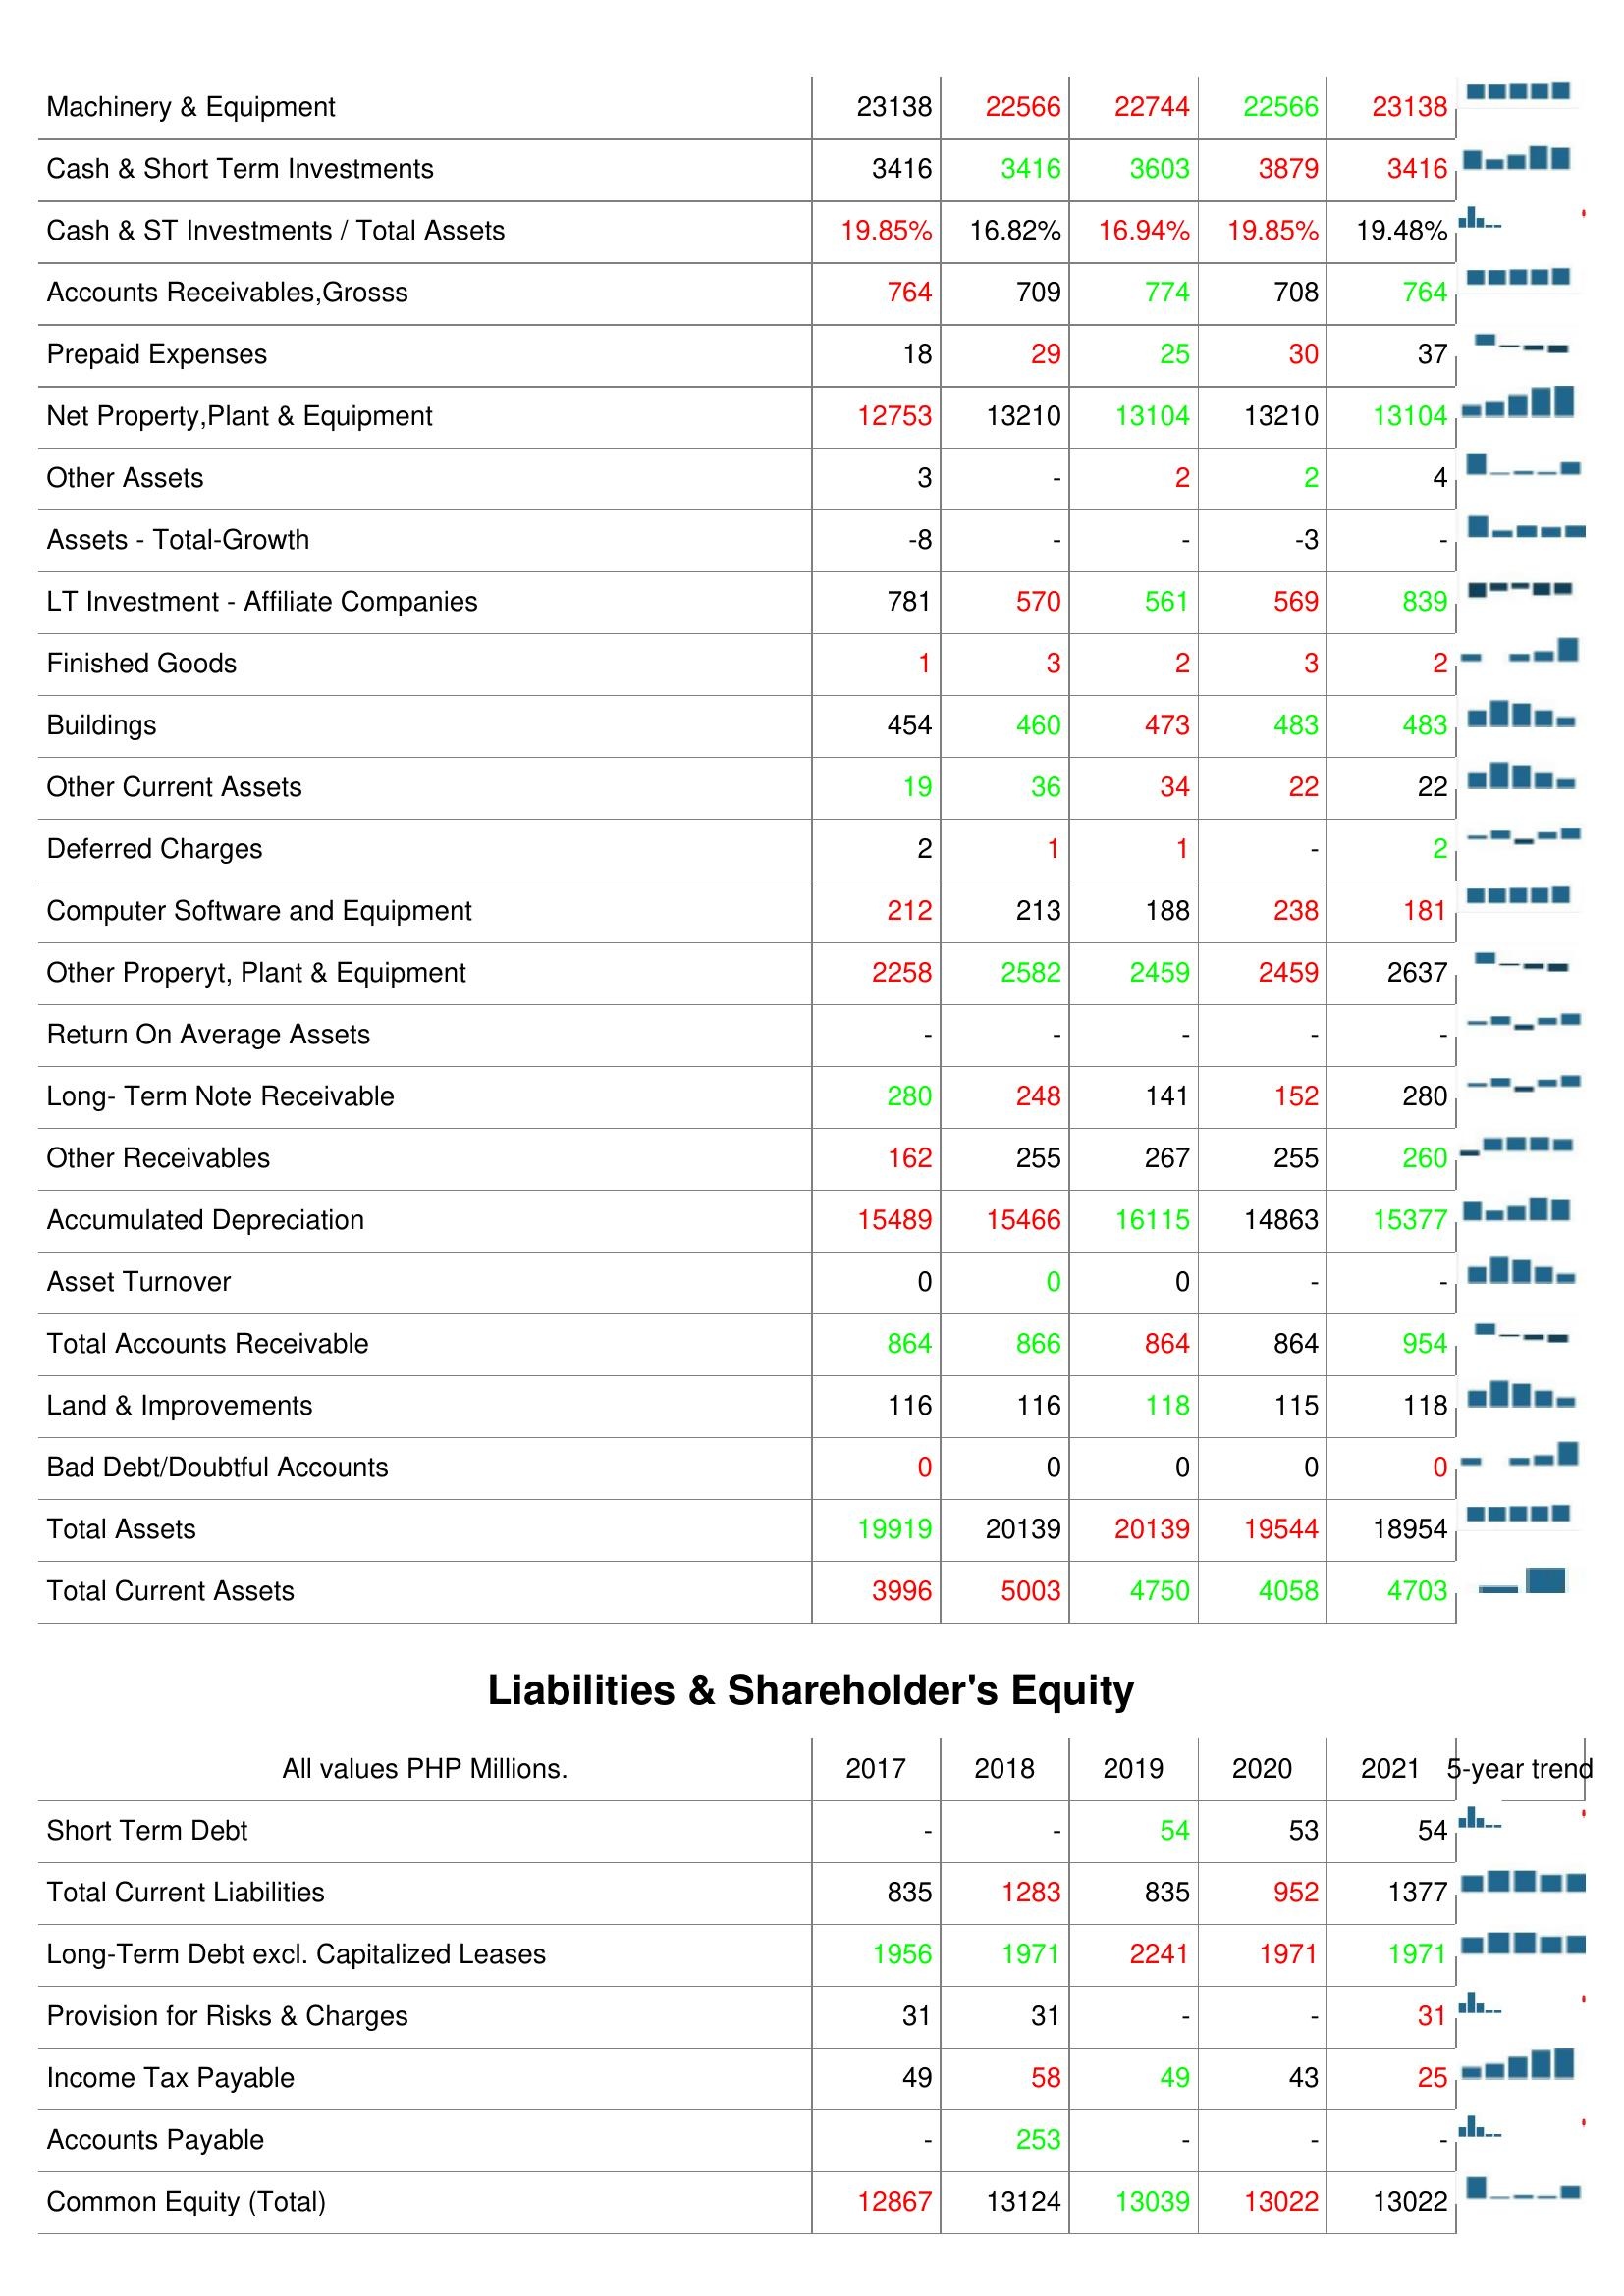
2017: Assets: Machinery & Equipment: 23138
Cash & Short Term Investments: 3416
Cash & ST Investments / Total Assets: 19.85%
Accounts Receivables,Grosss: 764
Prepaid Expenses: 18
Net Property,Plant & Equipment: 12753
Other Assets: 3
Assets - Total-Growth: -8
LT Investment - Affiliate Companies: 781
Finished Goods: 1
Buildings: 454
Other Current Assets: 19
Deferred Charges: 2
Computer Software and Equipment: 212
Other Properyt, Plant & Equipment: 2258
Return On Average Assets: -
Long- Term Note Receivable: 280
Other Receivables: 162
Accumulated Depreciation: 15489
Asset Turnover: 0
Total Accounts Receivable: 864
Land & Improvements: 116
Bad Debt/Doubtful Accounts: 0
Total Assets: 19919
Total Current Assets: 3996
Liabilities & Shareholder's Equity: Short Term Debt: -
Total Current Liabilities: 835
Long-Term Debt excl. Capitalized Leases: 1956
Provision for Risks & Charges: 31
Income Tax Payable: 49
Accounts Payable: -
Common Equity (Total): 12867
2018: Assets: Machinery & Equipment: 22566
Cash & Short Term Investments: 3416
Cash & ST Investments / Total Assets: 16.82%
Accounts Receivables,Grosss: 709
Prepaid Expenses: 29
Net Property,Plant & Equipment: 13210
Other Assets: -
Assets - Total-Growth: -
LT Investment - Affiliate Companies: 570
Finished Goods: 3
Buildings: 460
Other Current Assets: 36
Deferred Charges: 1
Computer Software and Equipment: 213
Other Properyt, Plant & Equipment: 2582
Return On Average Assets: -
Long- Term Note Receivable: 248
Other Receivables: 255
Accumulated Depreciation: 15466
Asset Turnover: 0
Total Accounts Receivable: 866
Land & Improvements: 116
Bad Debt/Doubtful Accounts: 0
Total Assets: 20139
Total Current Assets: 5003
Liabilities & Shareholder's Equity: Short Term Debt: -
Total Current Liabilities: 1283
Long-Term Debt excl. Capitalized Leases: 1971
Provision for Risks & Charges: 31
Income Tax Payable: 58
Accounts Payable: 253
Common Equity (Total): 13124
2019: Assets: Machinery & Equipment: 22744
Cash & Short Term Investments: 3603
Cash & ST Investments / Total Assets: 16.94%
Accounts Receivables,Grosss: 774
Prepaid Expenses: 25
Net Property,Plant & Equipment: 13104
Other Assets: 2
Assets - Total-Growth: -
LT Investment - Affiliate Companies: 561
Finished Goods: 2
Buildings: 473
Other Current Assets: 34
Deferred Charges: 1
Computer Software and Equipment: 188
Other Properyt, Plant & Equipment: 2459
Return On Average Assets: -
Long- Term Note Receivable: 141
Other Receivables: 267
Accumulated Depreciation: 16115
Asset Turnover: 0
Total Accounts Receivable: 864
Land & Improvements: 118
Bad Debt/Doubtful Accounts: 0
Total Assets: 20139
Total Current Assets: 4750
Liabilities & Shareholder's Equity: Short Term Debt: 54
Total Current Liabilities: 835
Long-Term Debt excl. Capitalized Leases: 2241
Provision for Risks & Charges: -
Income Tax Payable: 49
Accounts Payable: -
Common Equity (Total): 13039
2020: Assets: Machinery & Equipment: 22566
Cash & Short Term Investments: 3879
Cash & ST Investments / Total Assets: 19.85%
Accounts Receivables,Grosss: 708
Prepaid Expenses: 30
Net Property,Plant & Equipment: 13210
Other Assets: 2
Assets - Total-Growth: -3
LT Investment - Affiliate Companies: 569
Finished Goods: 3
Buildings: 483
Other Current Assets: 22
Deferred Charges: -
Computer Software and Equipment: 238
Other Properyt, Plant & Equipment: 2459
Return On Average Assets: -
Long- Term Note Receivable: 152
Other Receivables: 255
Accumulated Depreciation: 14863
Asset Turnover: -
Total Accounts Receivable: 864
Land & Improvements: 115
Bad Debt/Doubtful Accounts: 0
Total Assets: 19544
Total Current Assets: 4058
Liabilities & Shareholder's Equity: Short Term Debt: 53
Total Current Liabilities: 952
Long-Term Debt excl. Capitalized Leases: 1971
Provision for Risks & Charges: -
Income Tax Payable: 43
Accounts Payable: -
Common Equity (Total): 13022
2021: Assets: Machinery & Equipment: 23138
Cash & Short Term Investments: 3416
Cash & ST Investments / Total Assets: 19.48%
Accounts Receivables,Grosss: 764
Prepaid Expenses: 37
Net Property,Plant & Equipment: 13104
Other Assets: 4
Assets - Total-Growth: -
LT Investment - Affiliate Companies: 839
Finished Goods: 2
Buildings: 483
Other Current Assets: 22
Deferred Charges: 2
Computer Software and Equipment: 181
Other Properyt, Plant & Equipment: 2637
Return On Average Assets: -
Long- Term Note Receivable: 280
Other Receivables: 260
Accumulated Depreciation: 15377
Asset Turnover: -
Total Accounts Receivable: 954
Land & Improvements: 118
Bad Debt/Doubtful Accounts: 0
Total Assets: 18954
Total Current Assets: 4703
Liabilities & Shareholder's Equity: Short Term Debt: 54
Total Current Liabilities: 1377
Long-Term Debt excl. Capitalized Leases: 1971
Provision for Risks & Charges: 31
Income Tax Payable: 25
Accounts Payable: -
Common Equity (Total): 13022